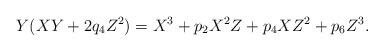
LaTeX: \begin{align*}Y( XY + 2 q_4 Z^2 ) = X^3 + p_2 X^2 Z + p_4 X Z^2 + p_6Z^3.\end{align*}